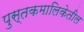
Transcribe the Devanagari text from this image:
पुस्तकमालिकेतील